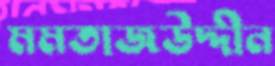
মমতাজউদ্দীন